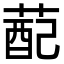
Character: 蓜